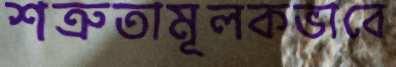
শত্রুতামূলকভাবে